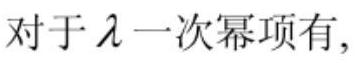
对于 $\lambda$ 一次幂项有,